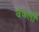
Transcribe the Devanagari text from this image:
वंजली